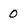
Character: 0